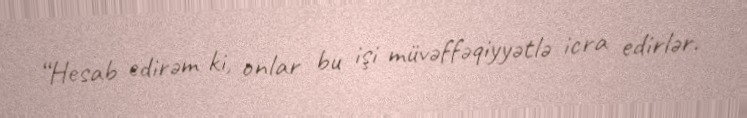
“Hesab edirəm ki, onlar bu işi müvəffəqiyyətlə icra edirlər.